Leningradi_Edasi_toimetus, lk 184
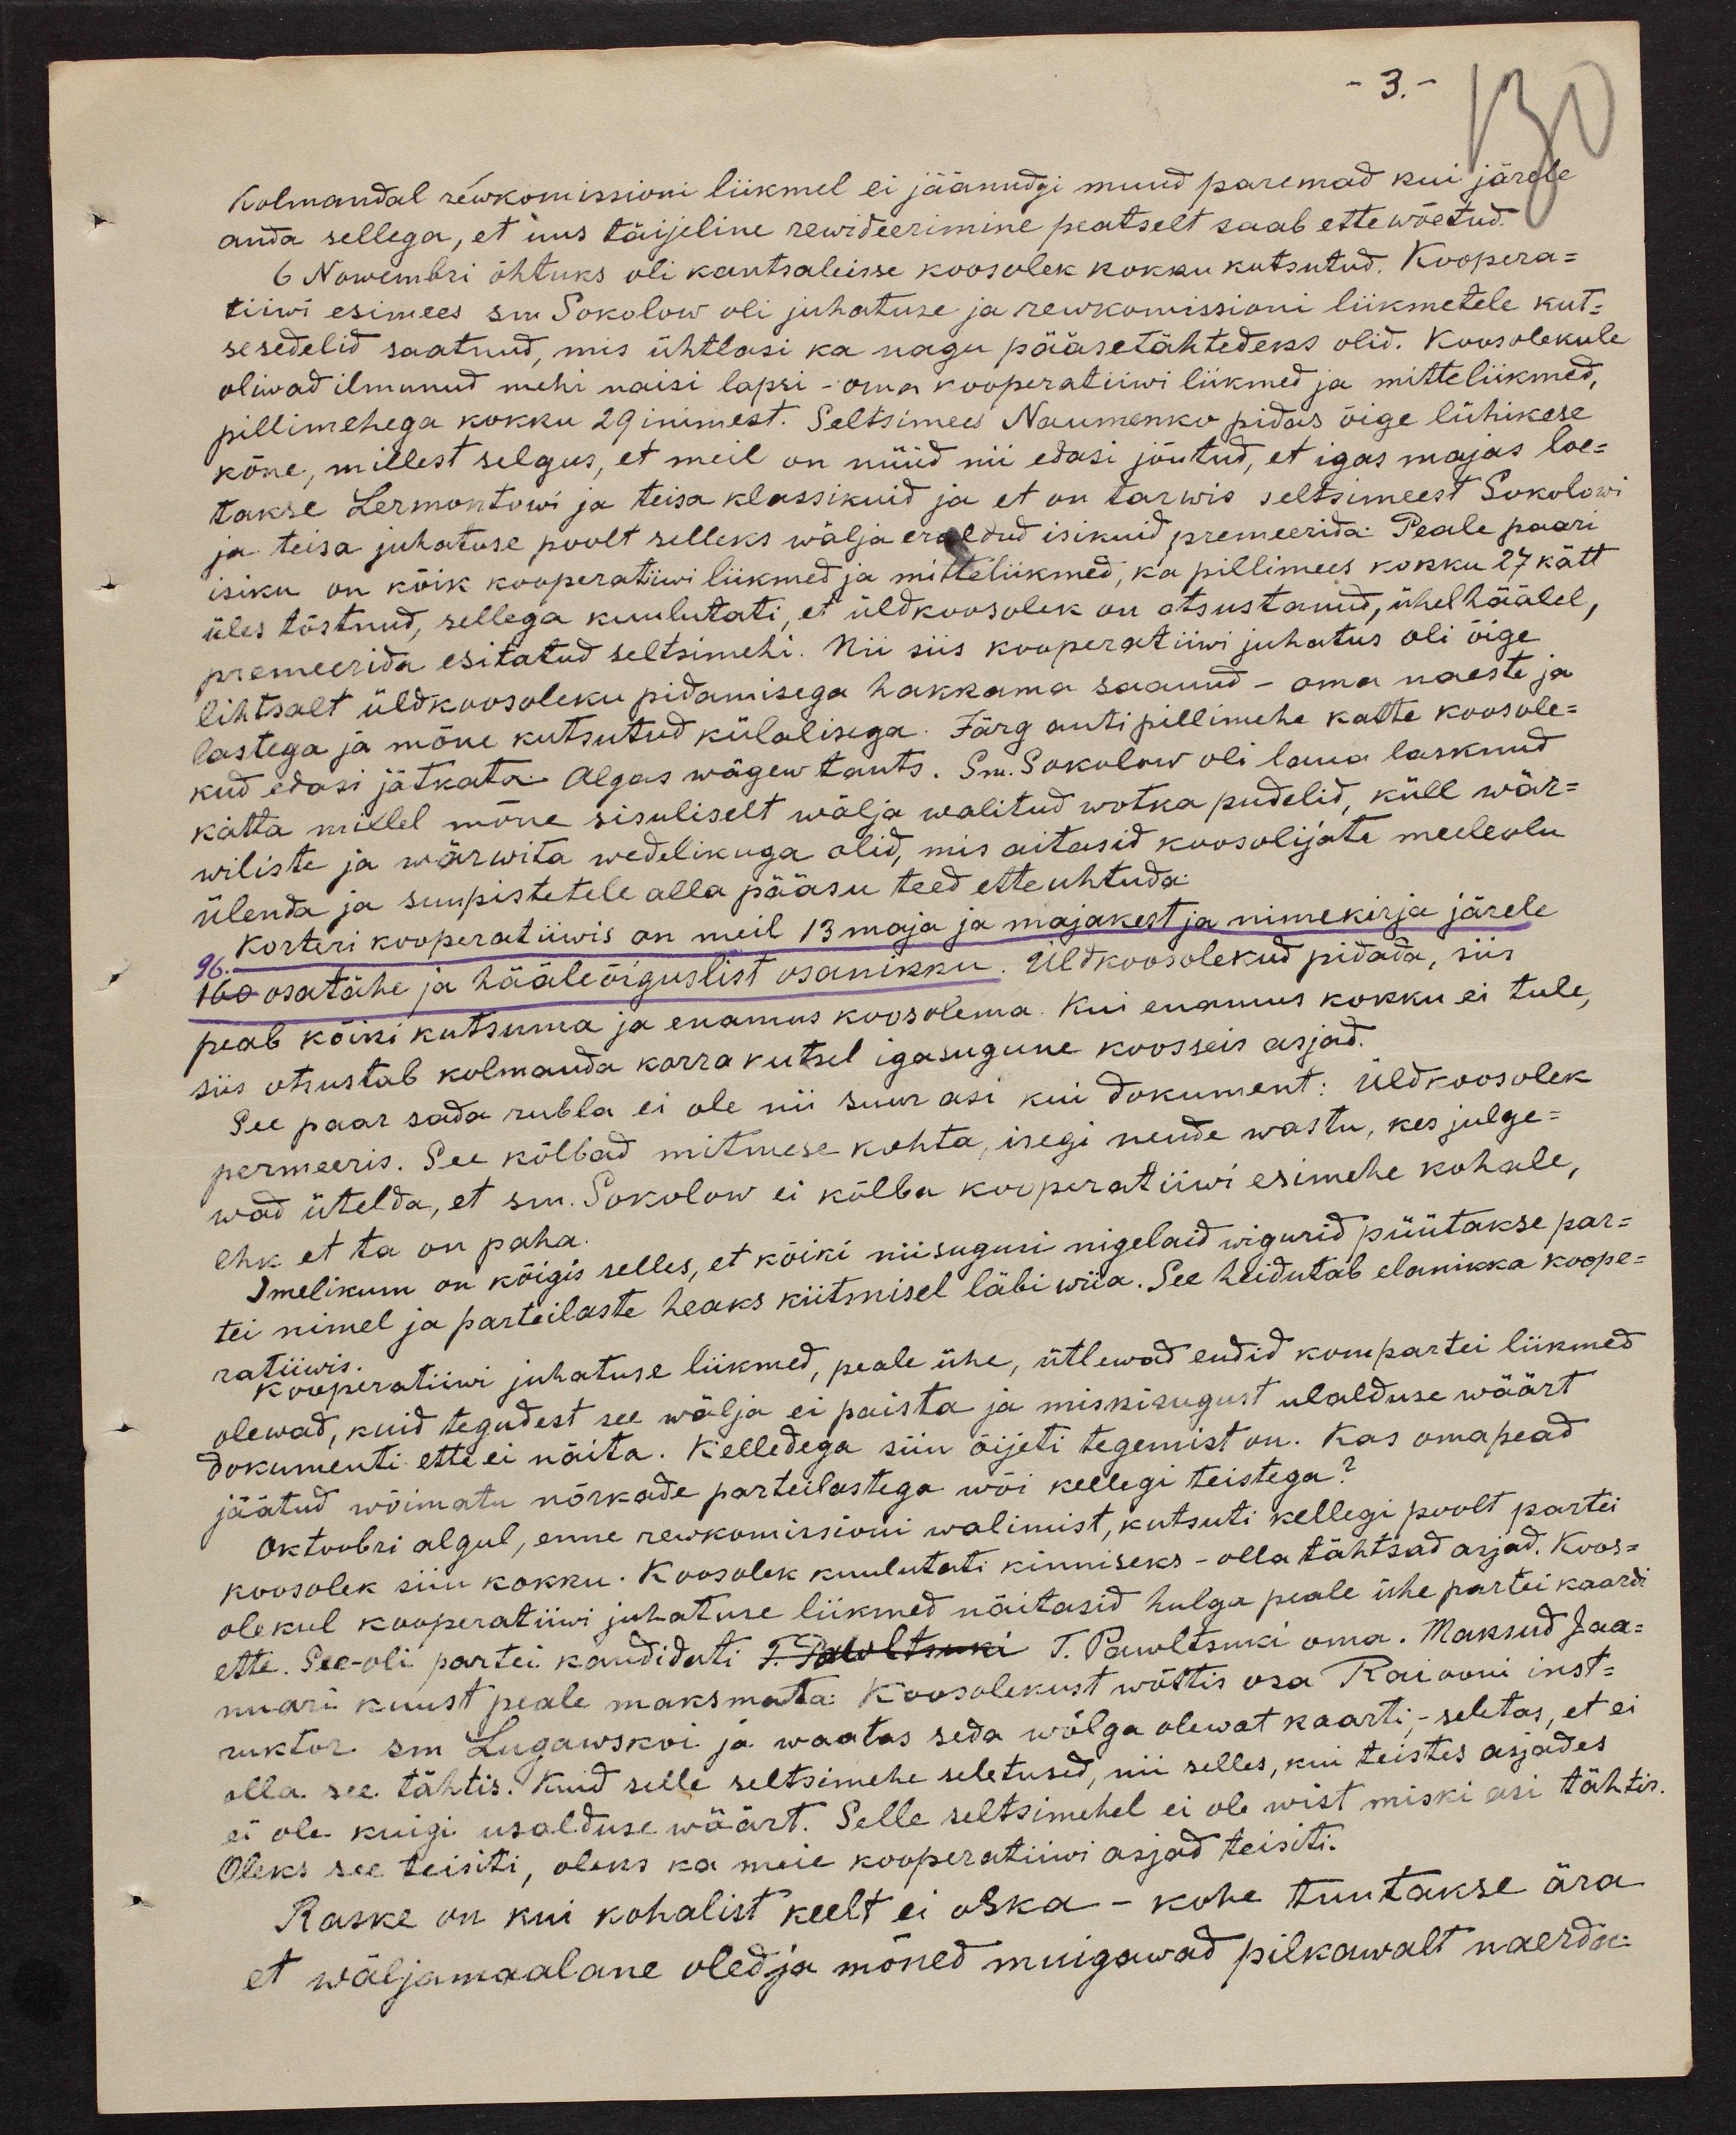
3.
Kolmandal rekkomissioni liikmel ei jäänudgi muud paremad kui järele
anda sellega, et uus täijeline rewideerimine peatselt saab ette wõetud.
6 Nowembri õhtuks oli kantseleisse koosolek kokku kutsutud. Koospera-
tiivi esimees sm Sokolow oli juhatuse ja rewkomissioni liikmetele kut-
sesedelid saatnud, mis ühtlasi ka nagu pääsetähtedeks olid. Koosolekule
oliwad ilmunud mehi naisi lapsi - oma kooperatiivi liikmed ja mitteliikmed,
pillimehega kokku 29 inimest. Seltsimees Naumenko pidas õige lühikese
kõne, millest selgus, et meil on nüüd nii edasi jõutud, et igas majas loe-
takse Lermontowi ja teisa klassikuid ja et on tarwis seltsimeest Sokolowi
ja teisa juhatuse poolt selleks wälja eraldud isikuid premeerida. Peale paari
isiku on kõik kooperatiivi liikmed ja mitteliikmed, ka pillimees kokku 27 kätt
üles tõstnud, sellega kuulutati, et üldkoosolek on otsustanud, ühel häälel,
premeerida esitatud seltsimehi. Nii siis kooperatiivi juhatus oli õige
lihtsalt üldkoosoleku pidamisega hakkama saanud - oma naeste ja
lastega ja mõne kutsutud külalisega. Järg anti pillimehe kätte koosole-
kud edasi jätkata. Algas wägew tants. Sm. Sokolow oli laua lasknud
katta millel mõne sisuliselt wälja walitud wotka pudelid, küll wär-
wiliste ja wärwita wedilikuga olid, mis aitasid koosolijate meeleolu
ülenda ja suppistetele alla pääsu teed ette uhtuda.
Korteri kooperatiiwis on meil 13 maja ja majakest ja nimekirja järele
160 osatähe ja hääleõiguslist osanikku. Üldkoosolekud pidada, siis
peab kõiki kutsumma ja enamus koosolema. Kui enamus kokku ei tule,
siis otsustab kolmanda korra kutsel igasugune koosseis asjad.
See paar sada rubla ei ole nii suur asi kui dokument: Üldkoosolek
permeeris. See kõlbad mitmese kohta, isegi nende wastu, kes julge-
wad ütelda, et sm. Sokolow ei kõlba kooperatiivi esimehe kohale,
ehk, et ta on paha.
Imelikum on kõigis selles, et kõiki niisugusi nigelaid wigurid püütakse par-
tei nimel ja parteilaste heaks kiitmisel läbi wiia. See heidutab elanikka koope-
ratiiwis.
Kooperatiivi juhatuse liikmed, peale ühe, ütlewad endid kompartei liikmed
olewad, kuid tegudest see wälja ei paista ja minkisugust usalduse wäärt
dokumenti ette ei näita. Kelledega siin õigeti tegemist on. Kas omapead
jäätud wõimatu nõrkade parteilastega wõi kellegi teistega?
Oktoobri algul, enne rewkomissioni walimist, kutsuti kellegi poolt partei
koosolek siin kokku. Koosolek kuulutati kinniseks - olla tähtsad asjad. Koos-
olekul kooperatiivi juhatuse liikmed näitasid hulga peale ühe partei kaardi
ette. See-oli partei kandidati T. Pawltsinki T. Pawltsuki oma. Maksud Jaa-
nuari kuust peale maksmata: Koosolekust wõttis osa Raiooni inst-
ruktor sm Lugawskvi ja waatas seda wõlga olewat kaarti,- seletas, et ei
olla see tähtis. Kuid selle seltsimehe seletused, nii selles, kui teistes asjades
ei ole kuigi usalduse wäärt. Selle seltsimehel ei ole wist miski asi tähtis.
Oleks see teisiti, oleks ka meie kooperatiivi asjad teisiti.
Raske on kui kohalist keelt ei oska - kohe tuntakse ära
et wäljamaalane oled ja mõned muigawad pilkawalt naerda.